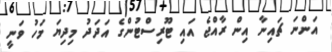
އަންނަ ޗައިނާ އިން ރާއްޖެ އައި ޓޫރިސްޓުންގެ އަދަދު މިދިޔަ މަހު ވަނީ